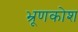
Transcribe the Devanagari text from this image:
भ्रूणकोश